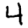
Digit: 4